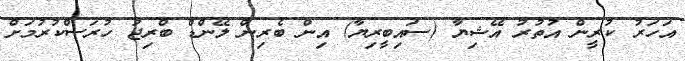
އަހަރު ކުރީން އުތުރު އޭޝިޔާ (ސައިބީރިޔާ) އިން ބެރިން ލޭންޑް ބްރިޖު ހުރަސްކުރުމަށް